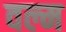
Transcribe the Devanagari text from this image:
वल्म